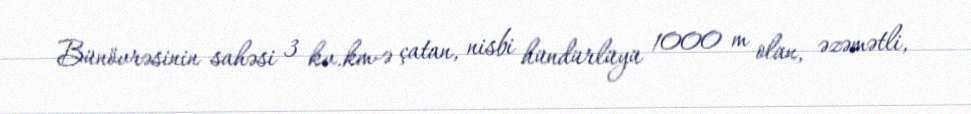
Bünövrəsinin sahəsi 3 kv.km-ə çatan, nisbi hündürlüyü 1000 m olan, əzəmətli,